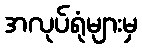
အလုပ်ရုံများမှ